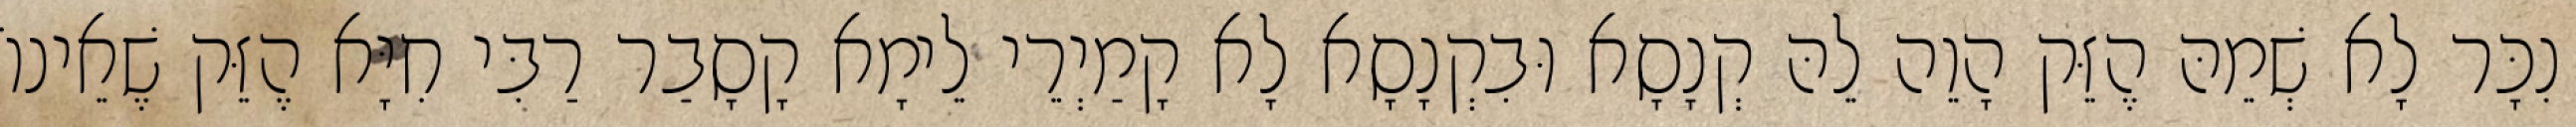
נִכָּר לָא שְׁמֵהּ הֶזֵּק הָוֵה לֵהּ קְנָסָא וּבִקְנָסָא לָא קָמַיְרֵי לֵימָא קָסָבַר רַבִּי חִיָּא הֶזֵּק שֶׁאֵינוֹ